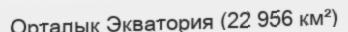
Орталық Экватория (22 956 км²)